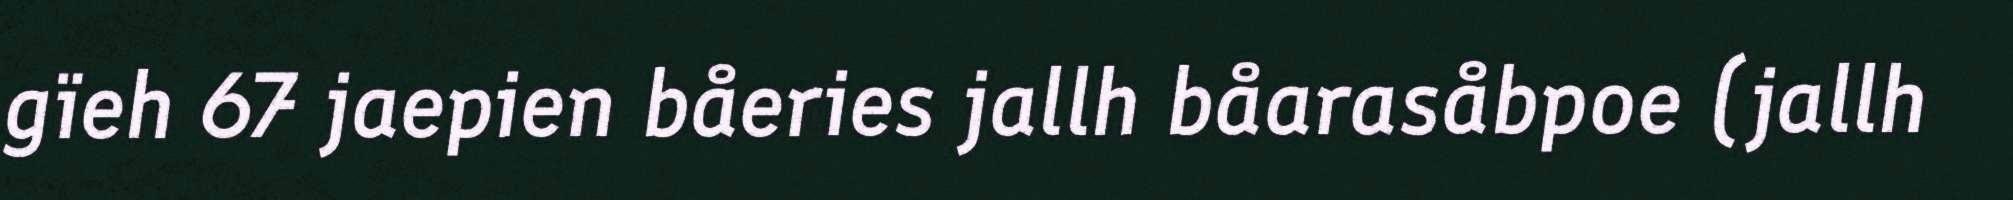
gïeh 67 jaepien båeries jallh båarasåbpoe (jallh